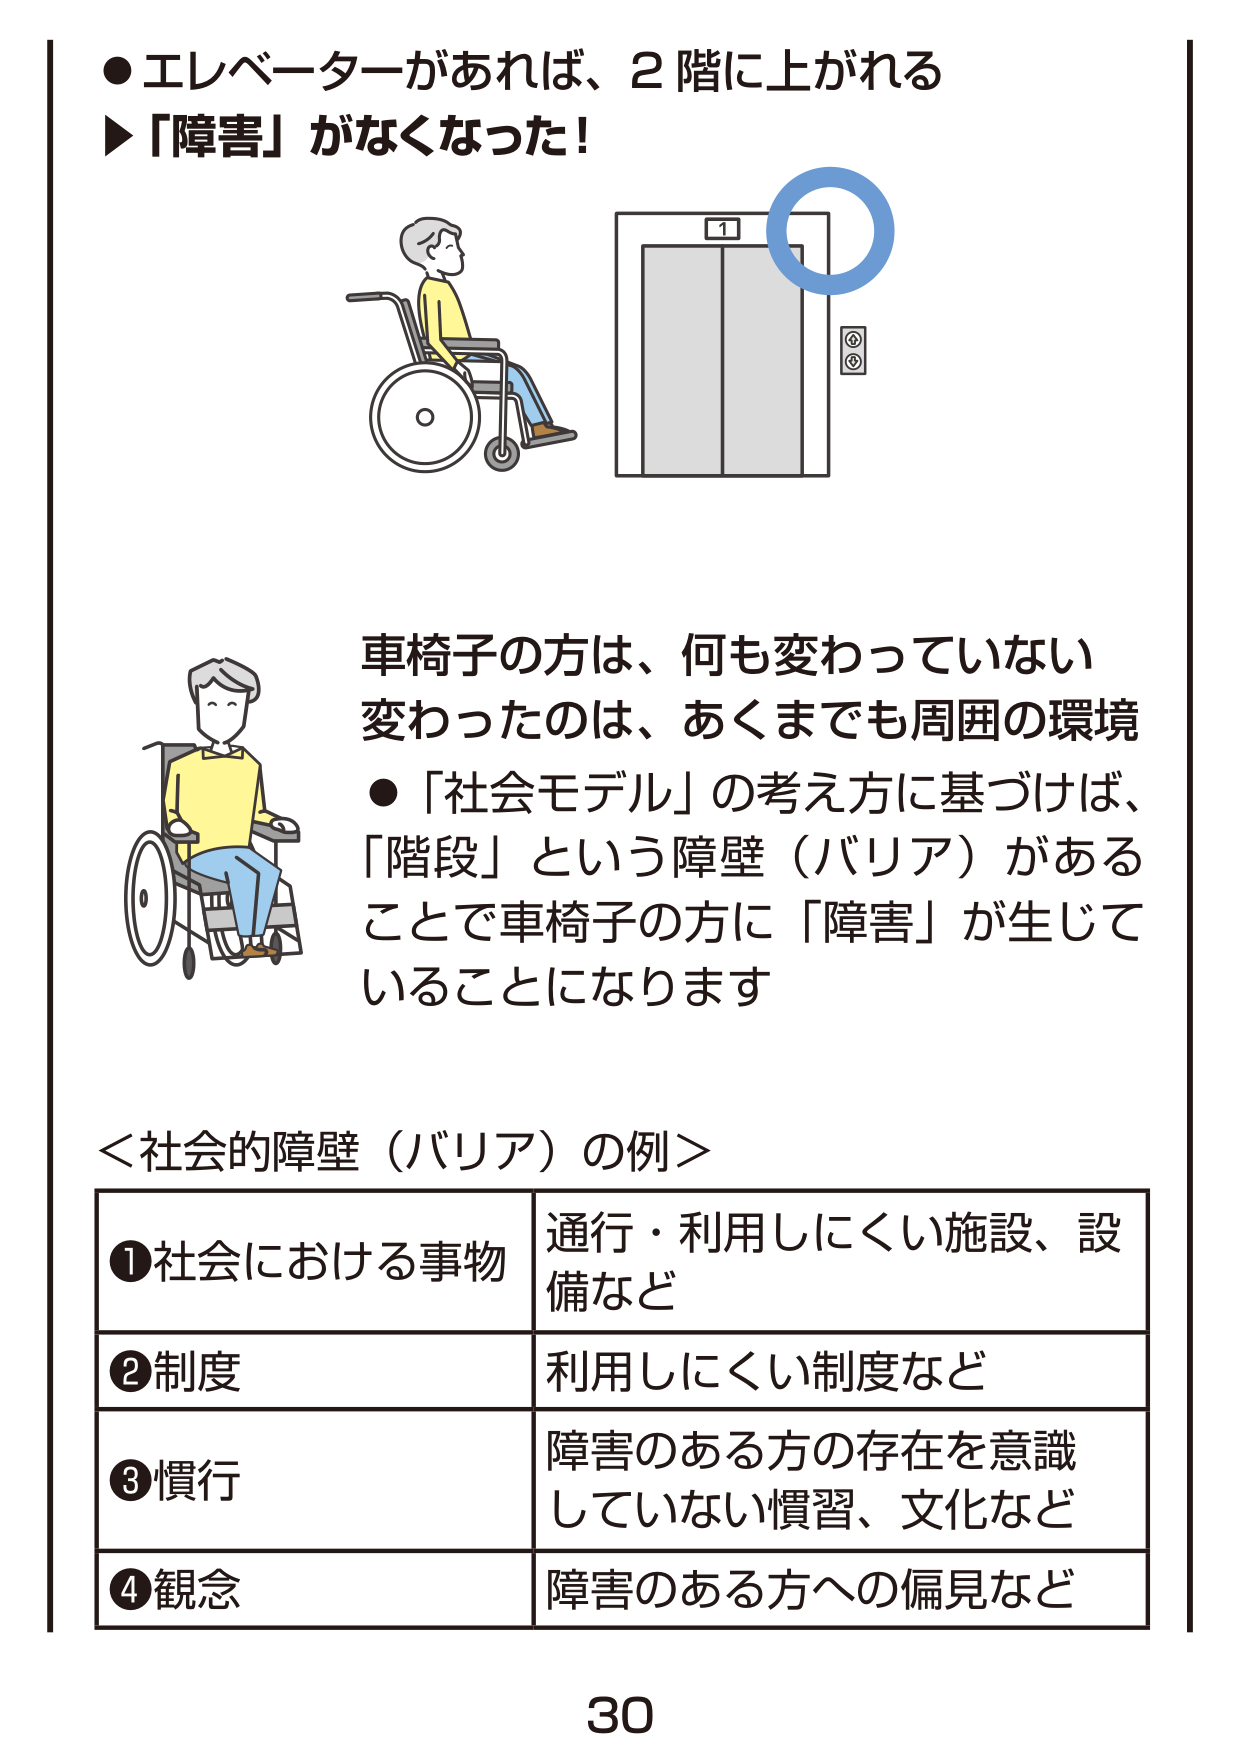
●エレベーターがあれば、2階に上がれる
▶「障害」がなくなった！

車椅子の方は、何も変わっていない
変わったのは、あくまでも周囲の環境
●「社会モデル」の考え方に基づけば、
「階段」という障壁（バリア）がある
ことで車椅子の方に「障害」が生じて
いることになります

＜社会的障壁（バリア）の例＞
①社会における事物　通行・利用しにくい施設、設備など
②制度　利用しにくい制度など
③慣行　障害のある方の存在を意識していない慣習、文化など
④観念　障害のある方への偏見など

30